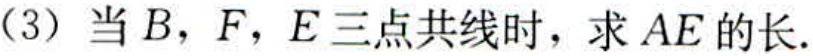
(3) 当\(B,F,E\)三点共线时，求\(AE\)的长.